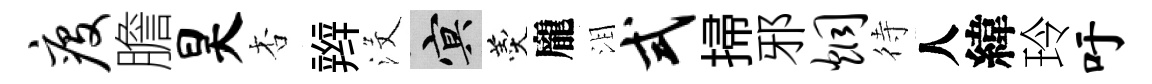
疫膽昊杏辫沒冥羹龐泪式掃邪炯待人緯玲吁